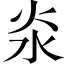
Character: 𣲱